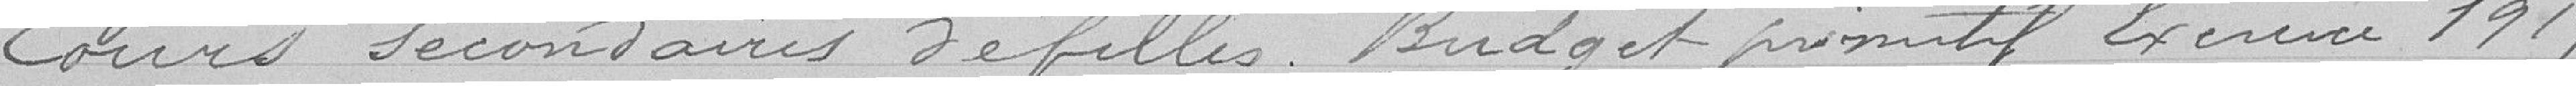
Cours secondaires de filles. Budget primitif exercice 1919